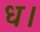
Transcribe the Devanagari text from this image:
ध।